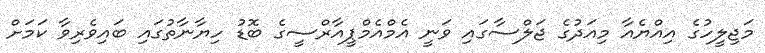
މަޖިލީހުގެ އިއްޔެއާ މިއަދުގެ ޖަލްސާގައި ވަނީ އެމްއެމްޕީއާރްސީގެ ބޮޑު ހިޔާނާތުގައި ބައިވެރިވާ ކަމަށް